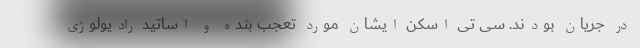
در جریان بودند. سی تی اسکن ایشان مورد تعجب بنده و اساتید رادیولوژی